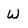
Character: w